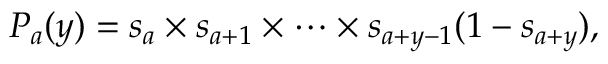
P _ { a } ( y ) = s _ { a } \times s _ { a + 1 } \times \cdots \times s _ { a + y - 1 } ( 1 - s _ { a + y } ) ,